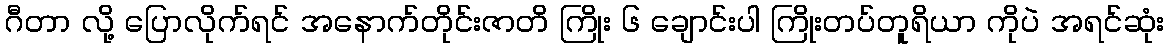
ဂီတာ လို့ ပြောလိုက်ရင် အနောက်တိုင်းဇာတိ ကြိုး ၆ ချောင်းပါ ကြိုးတပ်တူရိယာ ကိုပဲ အရင်ဆုံး